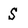
Character: S